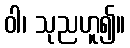
ဝါ၊ သုညဟူ၍။